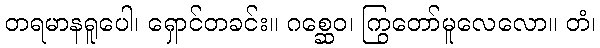
တရမာနရူပေါ၊ ရှောင်တခင်း။ ဂစ္ဆေဝ၊ ကြွတော်မူလေလော။ တံ၊